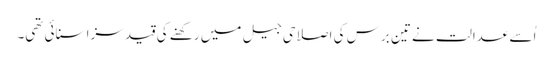
اُسے عدالت نے تین برس کی اصلاحی جیل میں رکھنے کی قید سزا سنائی تھی۔